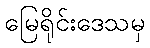
မြေရိုင်းဒေသမှ